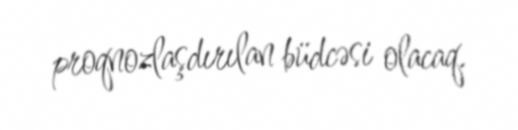
proqnozlaşdırılan büdcəsi olacaq.